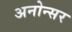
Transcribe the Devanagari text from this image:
अनोन्सर